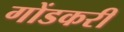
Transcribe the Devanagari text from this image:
गोंडकरी